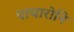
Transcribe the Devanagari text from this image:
पाचारोनि